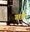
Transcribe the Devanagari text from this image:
गछी